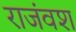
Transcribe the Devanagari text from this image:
राजंवश